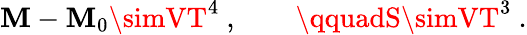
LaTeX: \mathbf{M}-\mathbf{M}_{0}\simVT^{4}\ ,\qquad\qquadS\simVT^{3}\ .